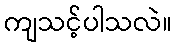
ကျသင့်ပါသလဲ။